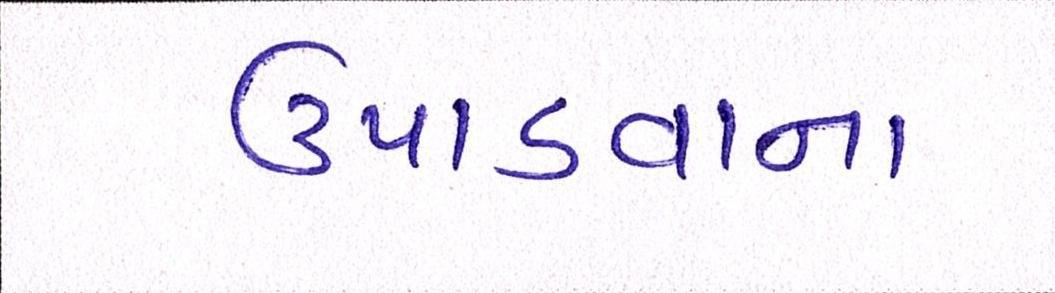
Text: ઉપાડવાના